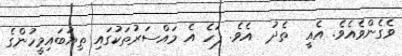
ވެގެންވެއެވެ. އެއީ  ތެދު  އެވެ. ފަހެ އެ މައްސަރުތަކުގައި ތިޔަބައިމީހުންގެ